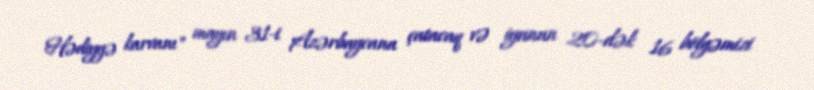
Hədiyyə karvanı" mayın 31-i Azərbaycana çatacaq və iyunun 20-dək 16 bölgəmizi